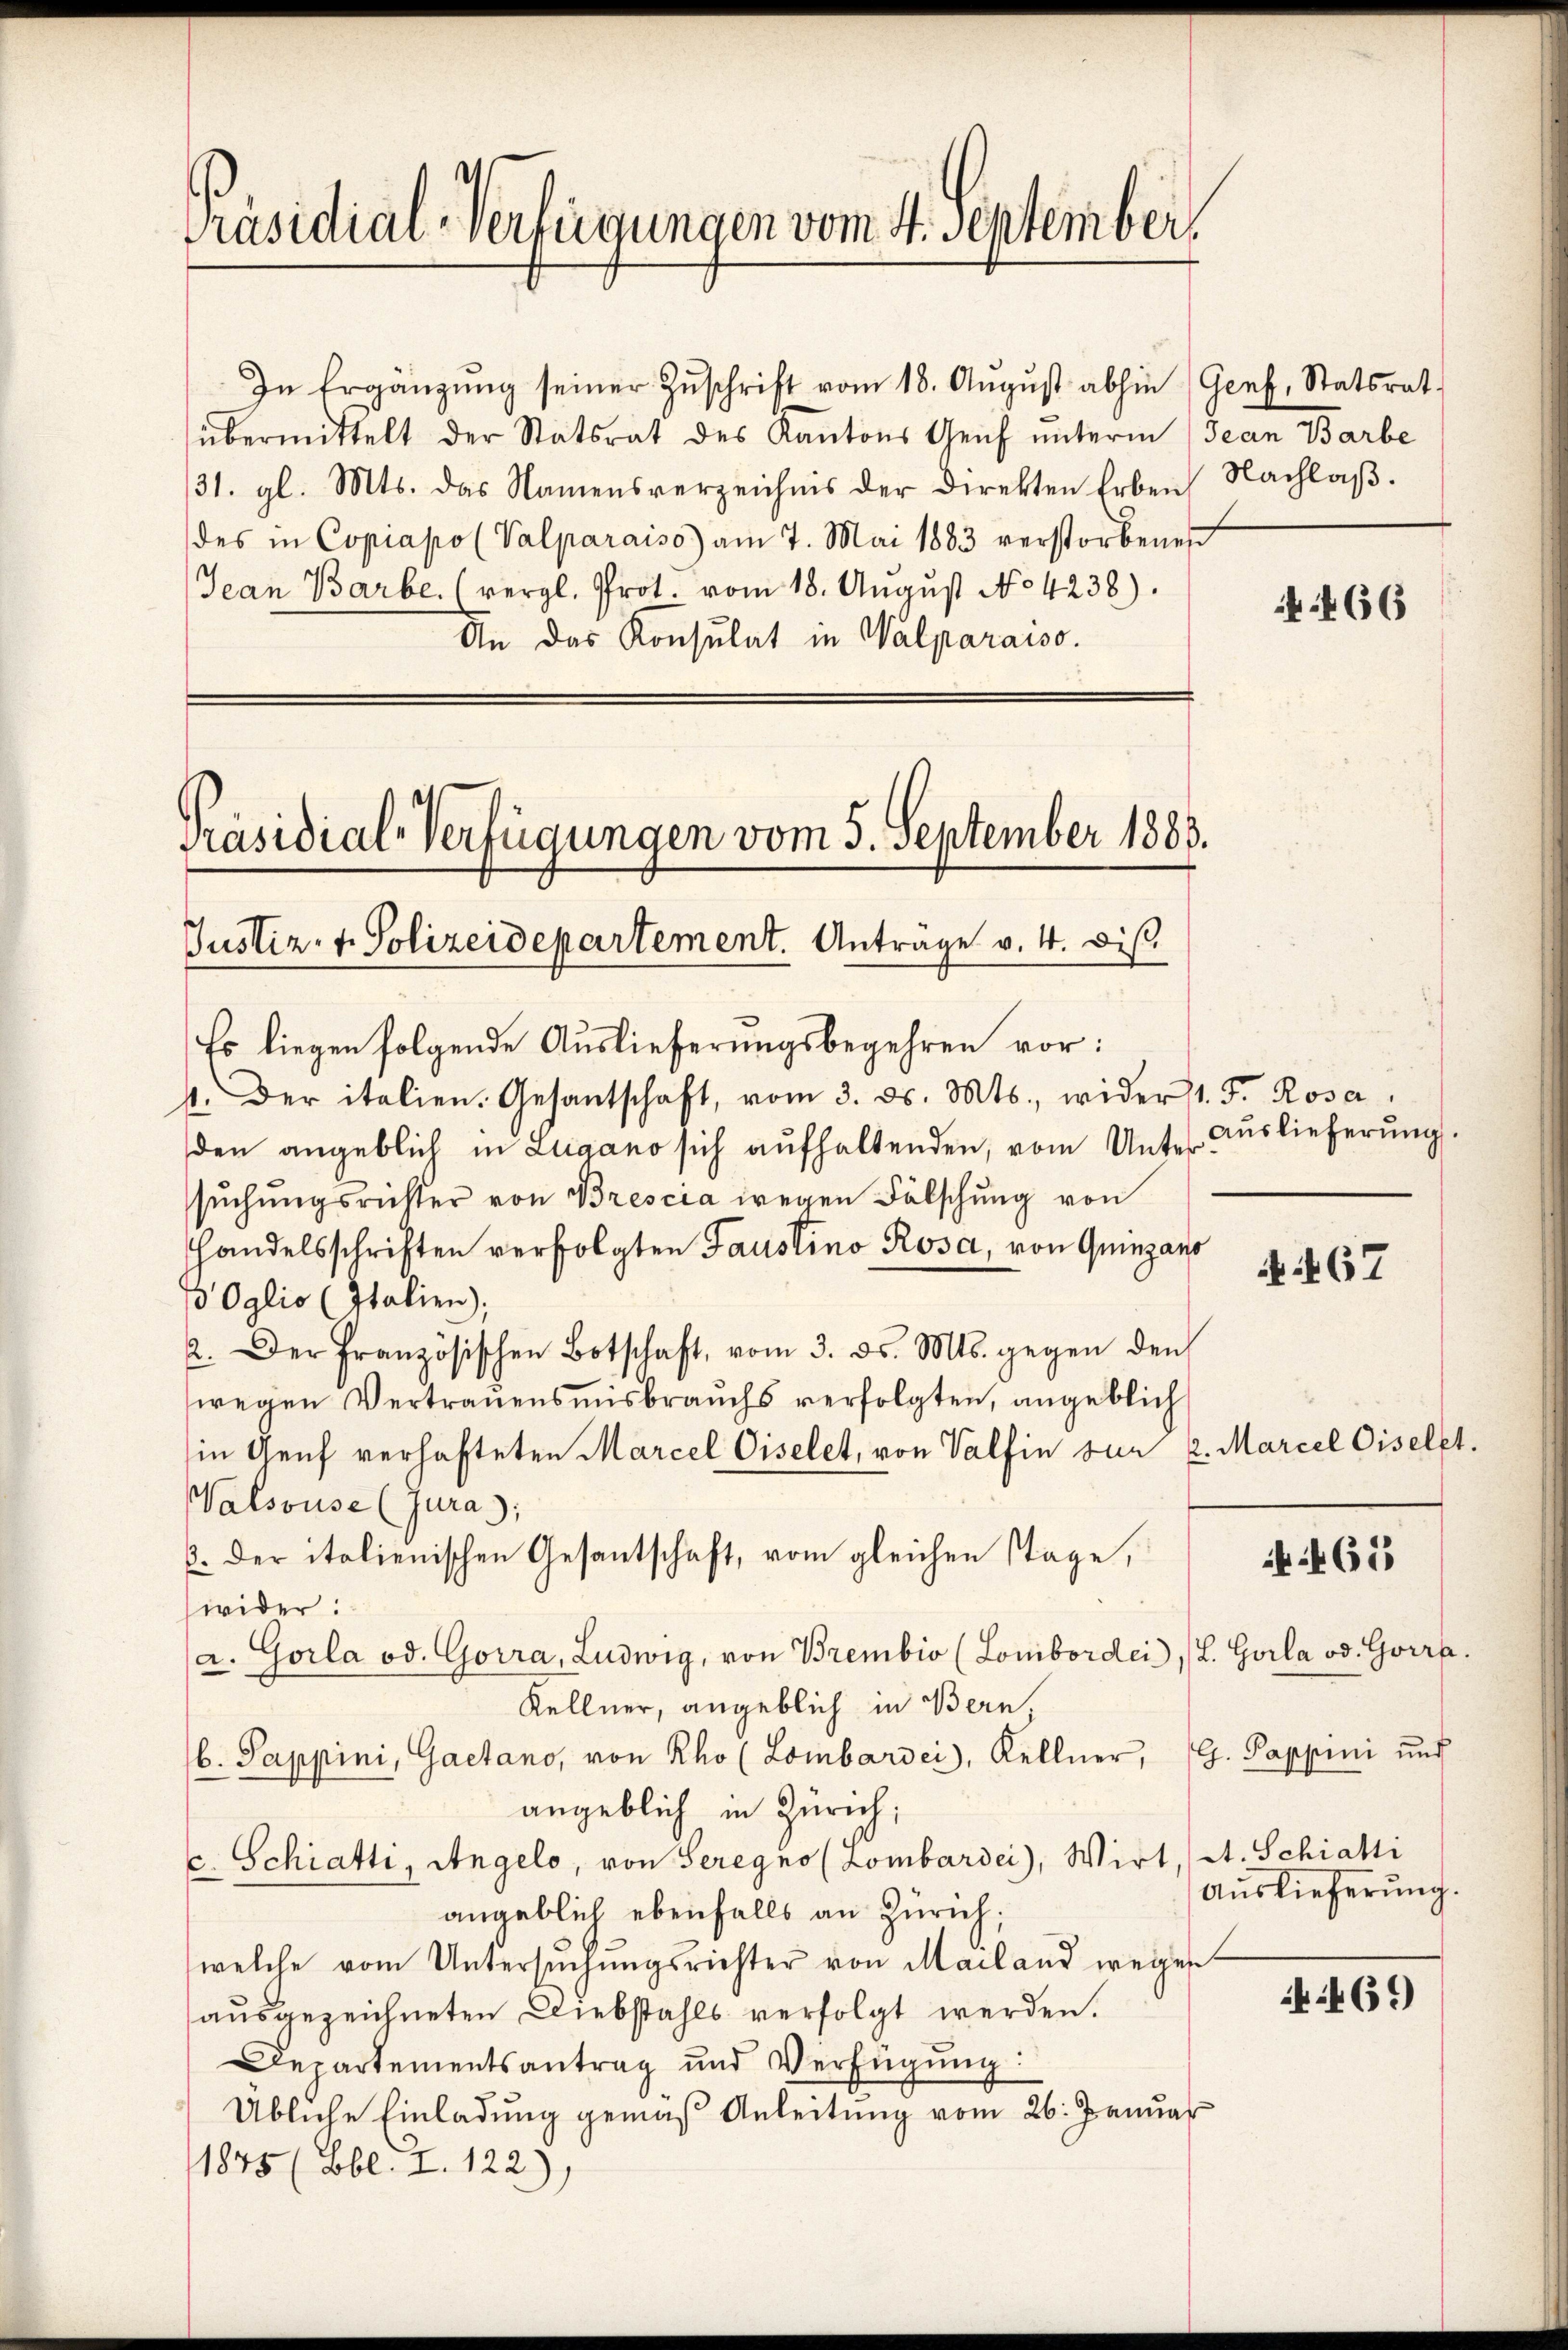
Präsidial-Verfügungen vom 4. September

In Ergänzŭng seiner Zŭschrift vom 18. Aŭgŭst abhin (Genf, Statsrat
übermittelt der Statsrat des Kantons Genf unterm (Jean Barbe
31. gl. Mts. das Namensverzeichnis der Direkten Erben Nachlaβ.
des in Copiapo (Valparaiso) am 7. Mai 1883 verstorbenes
Jean Barbe. (vergl. Prot. vom 18. August No. 4238).
An das Konsulat in Walparaiso

Präsidial-Verfügungen vom 5. September 1883.
Justiz- u. Polizeidepartement. Antrage v. 4. dis
2.

Es liegen folgende Auslieferungsbegehren vor:
4. Der italien. Gesantschaft, vom 3. ds. Mts., wider 1. F. Rosa
den angeblich in Lugano sich aŭfhaltenden, vom Unter Auslieferŭng
suchungsrichter von Brescia wegen Fälschung von
Handelsschriften verfolgten Faustino Rosa, von Quinzans
75 Oglio (Italien);
2. Der französischen Botschaft, vom 3. ds. Mts. gegen den
wegen Vertrauensmisbrauchs verfolgten, angeblich
in Genf verhafteten Marcel Giselet, von Valfin vor 2. Marcel Giselet.
Walsouse (Jura);
C. der italienischen Gesantschaft, vom gleichen Tage,
wider:
a. Gorla od. Gorra, Ludwig, von Brembio (Lombardei), L. Gorla od. Gorra
Kellner, angeblich in Bern
b. Pappini, Gaetano, von Rho (Lombardei), Kellner, H. Pappini und
angeblich in Zürich;
C. Schiatti, Angelo, von Seregno (Lombardei), Wirt, A. Schiatti
angeblich ebenfalls an Zürich;
welche vom Untersŭchŭngsrichter von Mailand wegen
ausgezeichneten Diebstahls verfolgt werden.
Departementsantrag und Verfügŭng:
Übliche Einladung gemäß Anleitung vom 26. Januar
1875 (Bbl. Z. 122),

466

N 167

461

Auslieferung.

69)